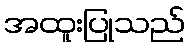
အထူးပြုသည်